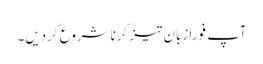
آپ فوراً زبان تیز کرناشروع کردیں۔